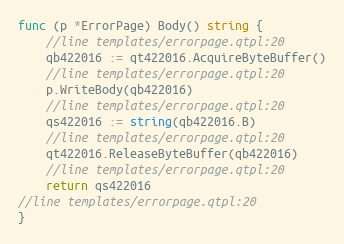
Language: Go
func (p *ErrorPage) Body() string {
	//line templates/errorpage.qtpl:20
	qb422016 := qt422016.AcquireByteBuffer()
	//line templates/errorpage.qtpl:20
	p.WriteBody(qb422016)
	//line templates/errorpage.qtpl:20
	qs422016 := string(qb422016.B)
	//line templates/errorpage.qtpl:20
	qt422016.ReleaseByteBuffer(qb422016)
	//line templates/errorpage.qtpl:20
	return qs422016
//line templates/errorpage.qtpl:20
}